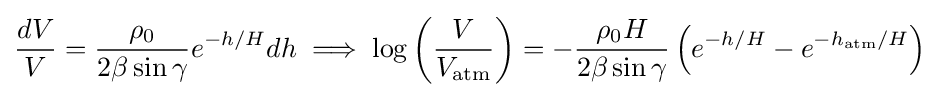
{\frac {dV}{V}}={\frac {\rho _{0}}{2\beta \sin \gamma }}e^{-h/H}dh\implies \log \left({\frac {V}{V_{\text{atm}}}}\right)=-{\frac {\rho _{0}H}{2\beta \sin \gamma }}\left(e^{-h/H}-e^{-h_{\text{atm}}/H}\right)